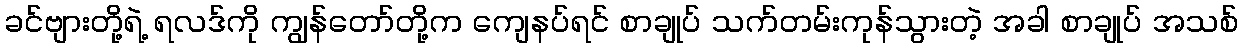
ခင်ဗျားတို့ရဲ့ ရလဒ်ကို ကျွန်တော်တို့က ကျေနပ်ရင် စာချုပ် သက်တမ်းကုန်သွားတဲ့ အခါ စာချုပ် အသစ်